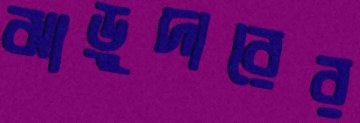
ঝাড়ুদারের